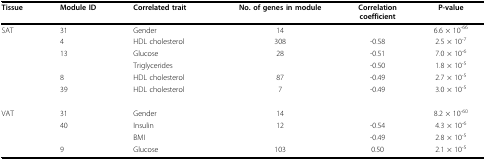
<table><thead><tr><td><b>Tissue</b></td><td><b>Module ID</b></td><td><b>Correlated trait</b></td><td><b>No. of genes in module</b></td><td><b>Correlationcoefficient</b></td><td><b>P-value</b></td></tr></thead><tbody><tr><td>SAT</td><td>31</td><td>Gender</td><td>14</td><td></td><td>6.6 × 10<sup>-66</sup></td></tr><tr><td></td><td>4</td><td>HDL cholesterol</td><td>308</td><td>-0.58</td><td>2.5 × 10<sup>-7</sup></td></tr><tr><td></td><td>13</td><td>Glucose</td><td>28</td><td>-0.51</td><td>7.0 × 10<sup>-6</sup></td></tr><tr><td></td><td></td><td>Triglycerides</td><td></td><td>-0.50</td><td>1.8 × 10<sup>-5</sup></td></tr><tr><td></td><td>8</td><td>HDL cholesterol</td><td>87</td><td>-0.49</td><td>2.7 × 10<sup>-5</sup></td></tr><tr><td></td><td>39</td><td>HDL cholesterol</td><td>7</td><td>-0.49</td><td>3.0 × 10<sup>-5</sup></td></tr><tr><td>VAT</td><td>31</td><td>Gender</td><td>14</td><td></td><td>8.2 × 10<sup>-60</sup></td></tr><tr><td></td><td>40</td><td>Insulin</td><td>12</td><td>-0.54</td><td>4.3 × 10<sup>-6</sup></td></tr><tr><td></td><td></td><td>BMI</td><td></td><td>-0.49</td><td>2.8 × 10<sup>-5</sup></td></tr><tr><td></td><td>9</td><td>Glucose</td><td>103</td><td>0.50</td><td>2.1 × 10<sup>-5</sup></td></tr></tbody></table>